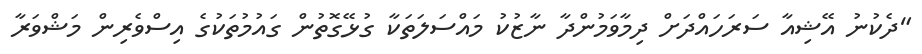
"ދެކުނު އޭޝިއާ ސަރަހައްދަށް ދިމާވަމުންދާ ނާޒުކު މައްސަލަތަކާ ގުޅޭގޮތުން ގައުމުތަކުގެ އިސްވެރިން މަޝްވަރާ